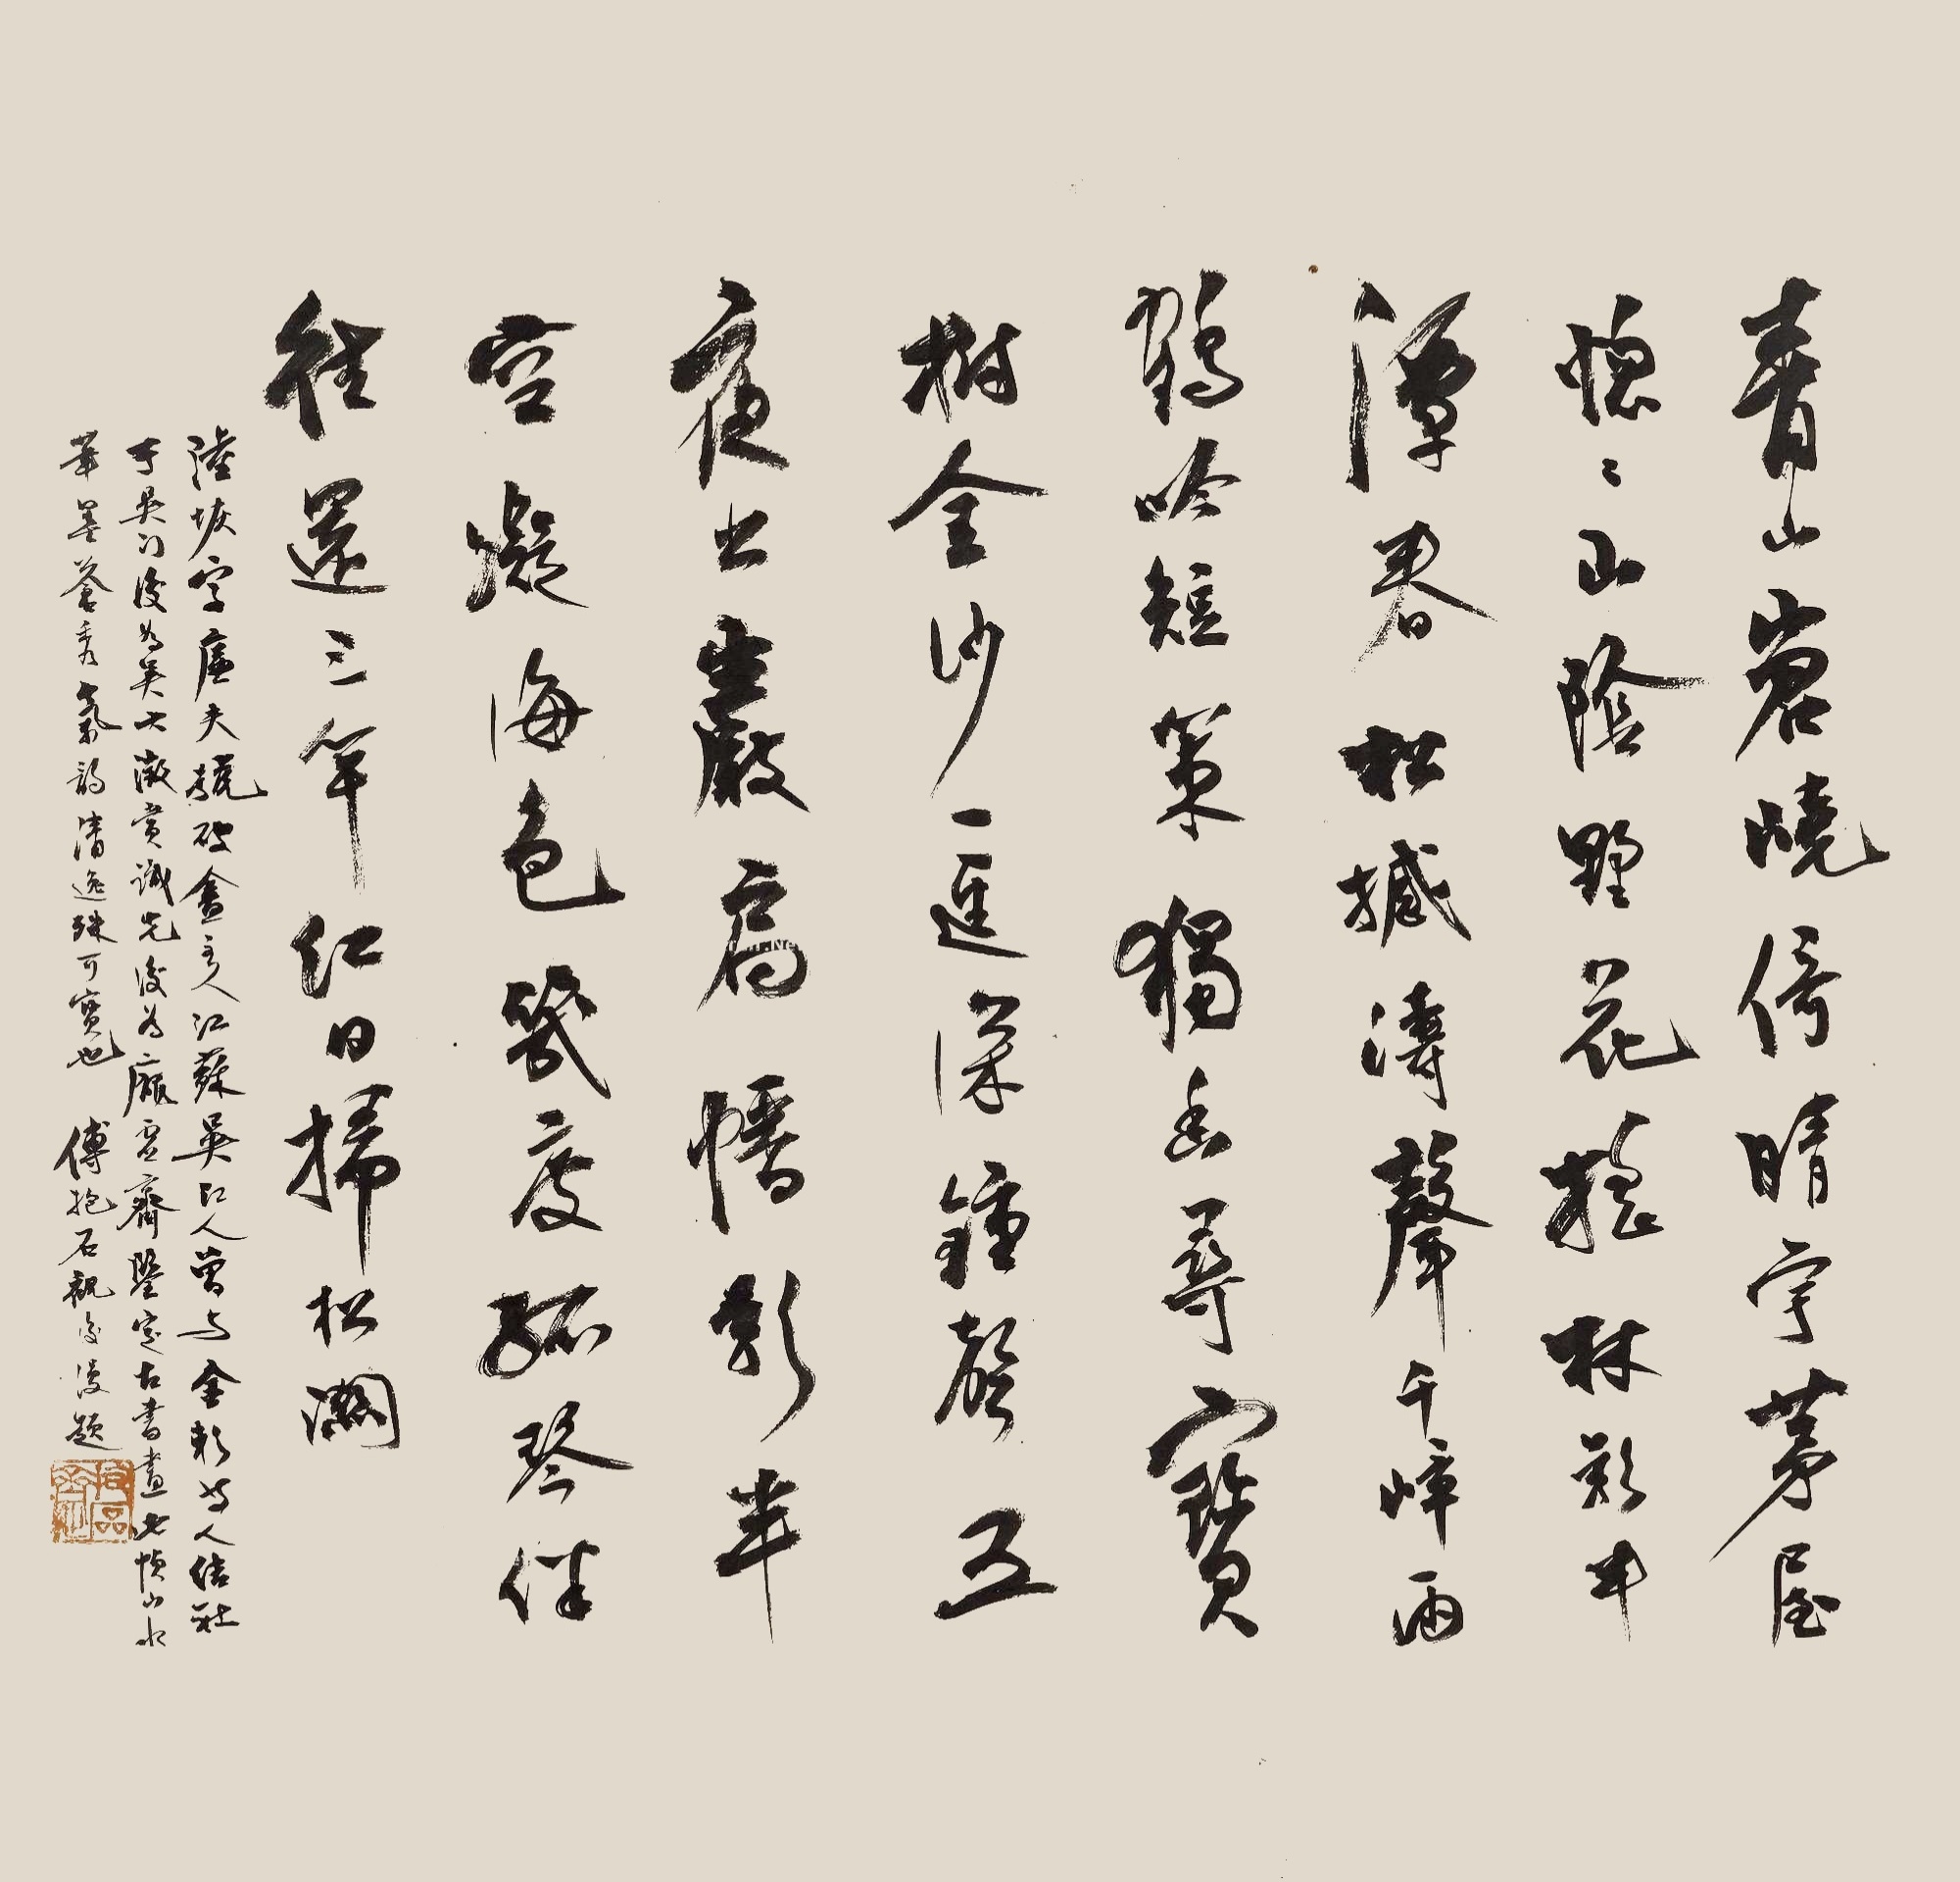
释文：青山岧峣倚晴宇，茅屋惚惚山阴墅。花摇林影半潭春，松撼涛声千嶂雨。鹤吟短策独幽寻，宝树金沙一径深。钟声五夜出岩扃，幡影半空疑海色。几度孤琴伴往还，三竿红日扫松关。陆恢字廉夫，号破佛盫主人。江苏吴江人，曾与金澜等人结社于吴门。后为吴大澄赏识，先后为庞元济鉴定古书画。此帧山水笔墨苍秀，气韵清逸，殊可宝也，傅抱石观后漫题。抱石斋定（朱文）